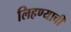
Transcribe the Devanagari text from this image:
लिहण्याची